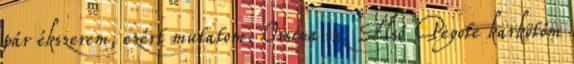
pár ékszerem, ezért mutatom. Orsina sz. Első Peyote karkötőm